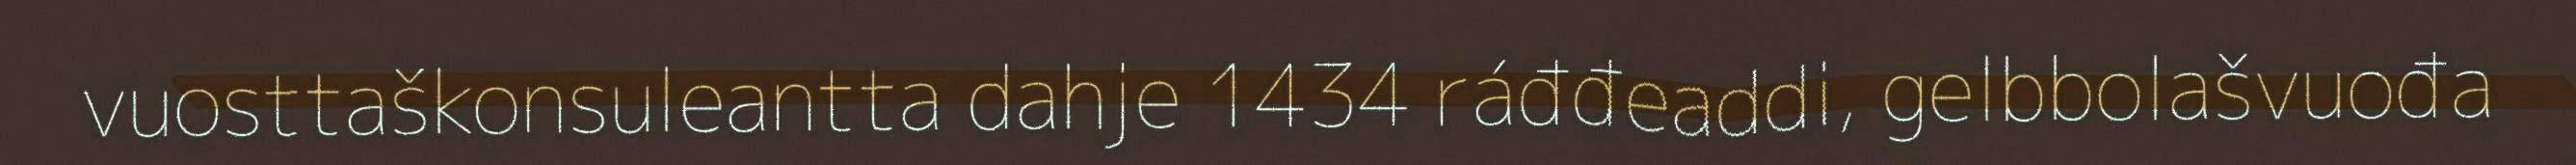
vuosttaškonsuleantta dahje 1434 ráđđeaddi, gelbbolašvuođa